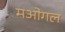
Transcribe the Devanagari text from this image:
मओगल